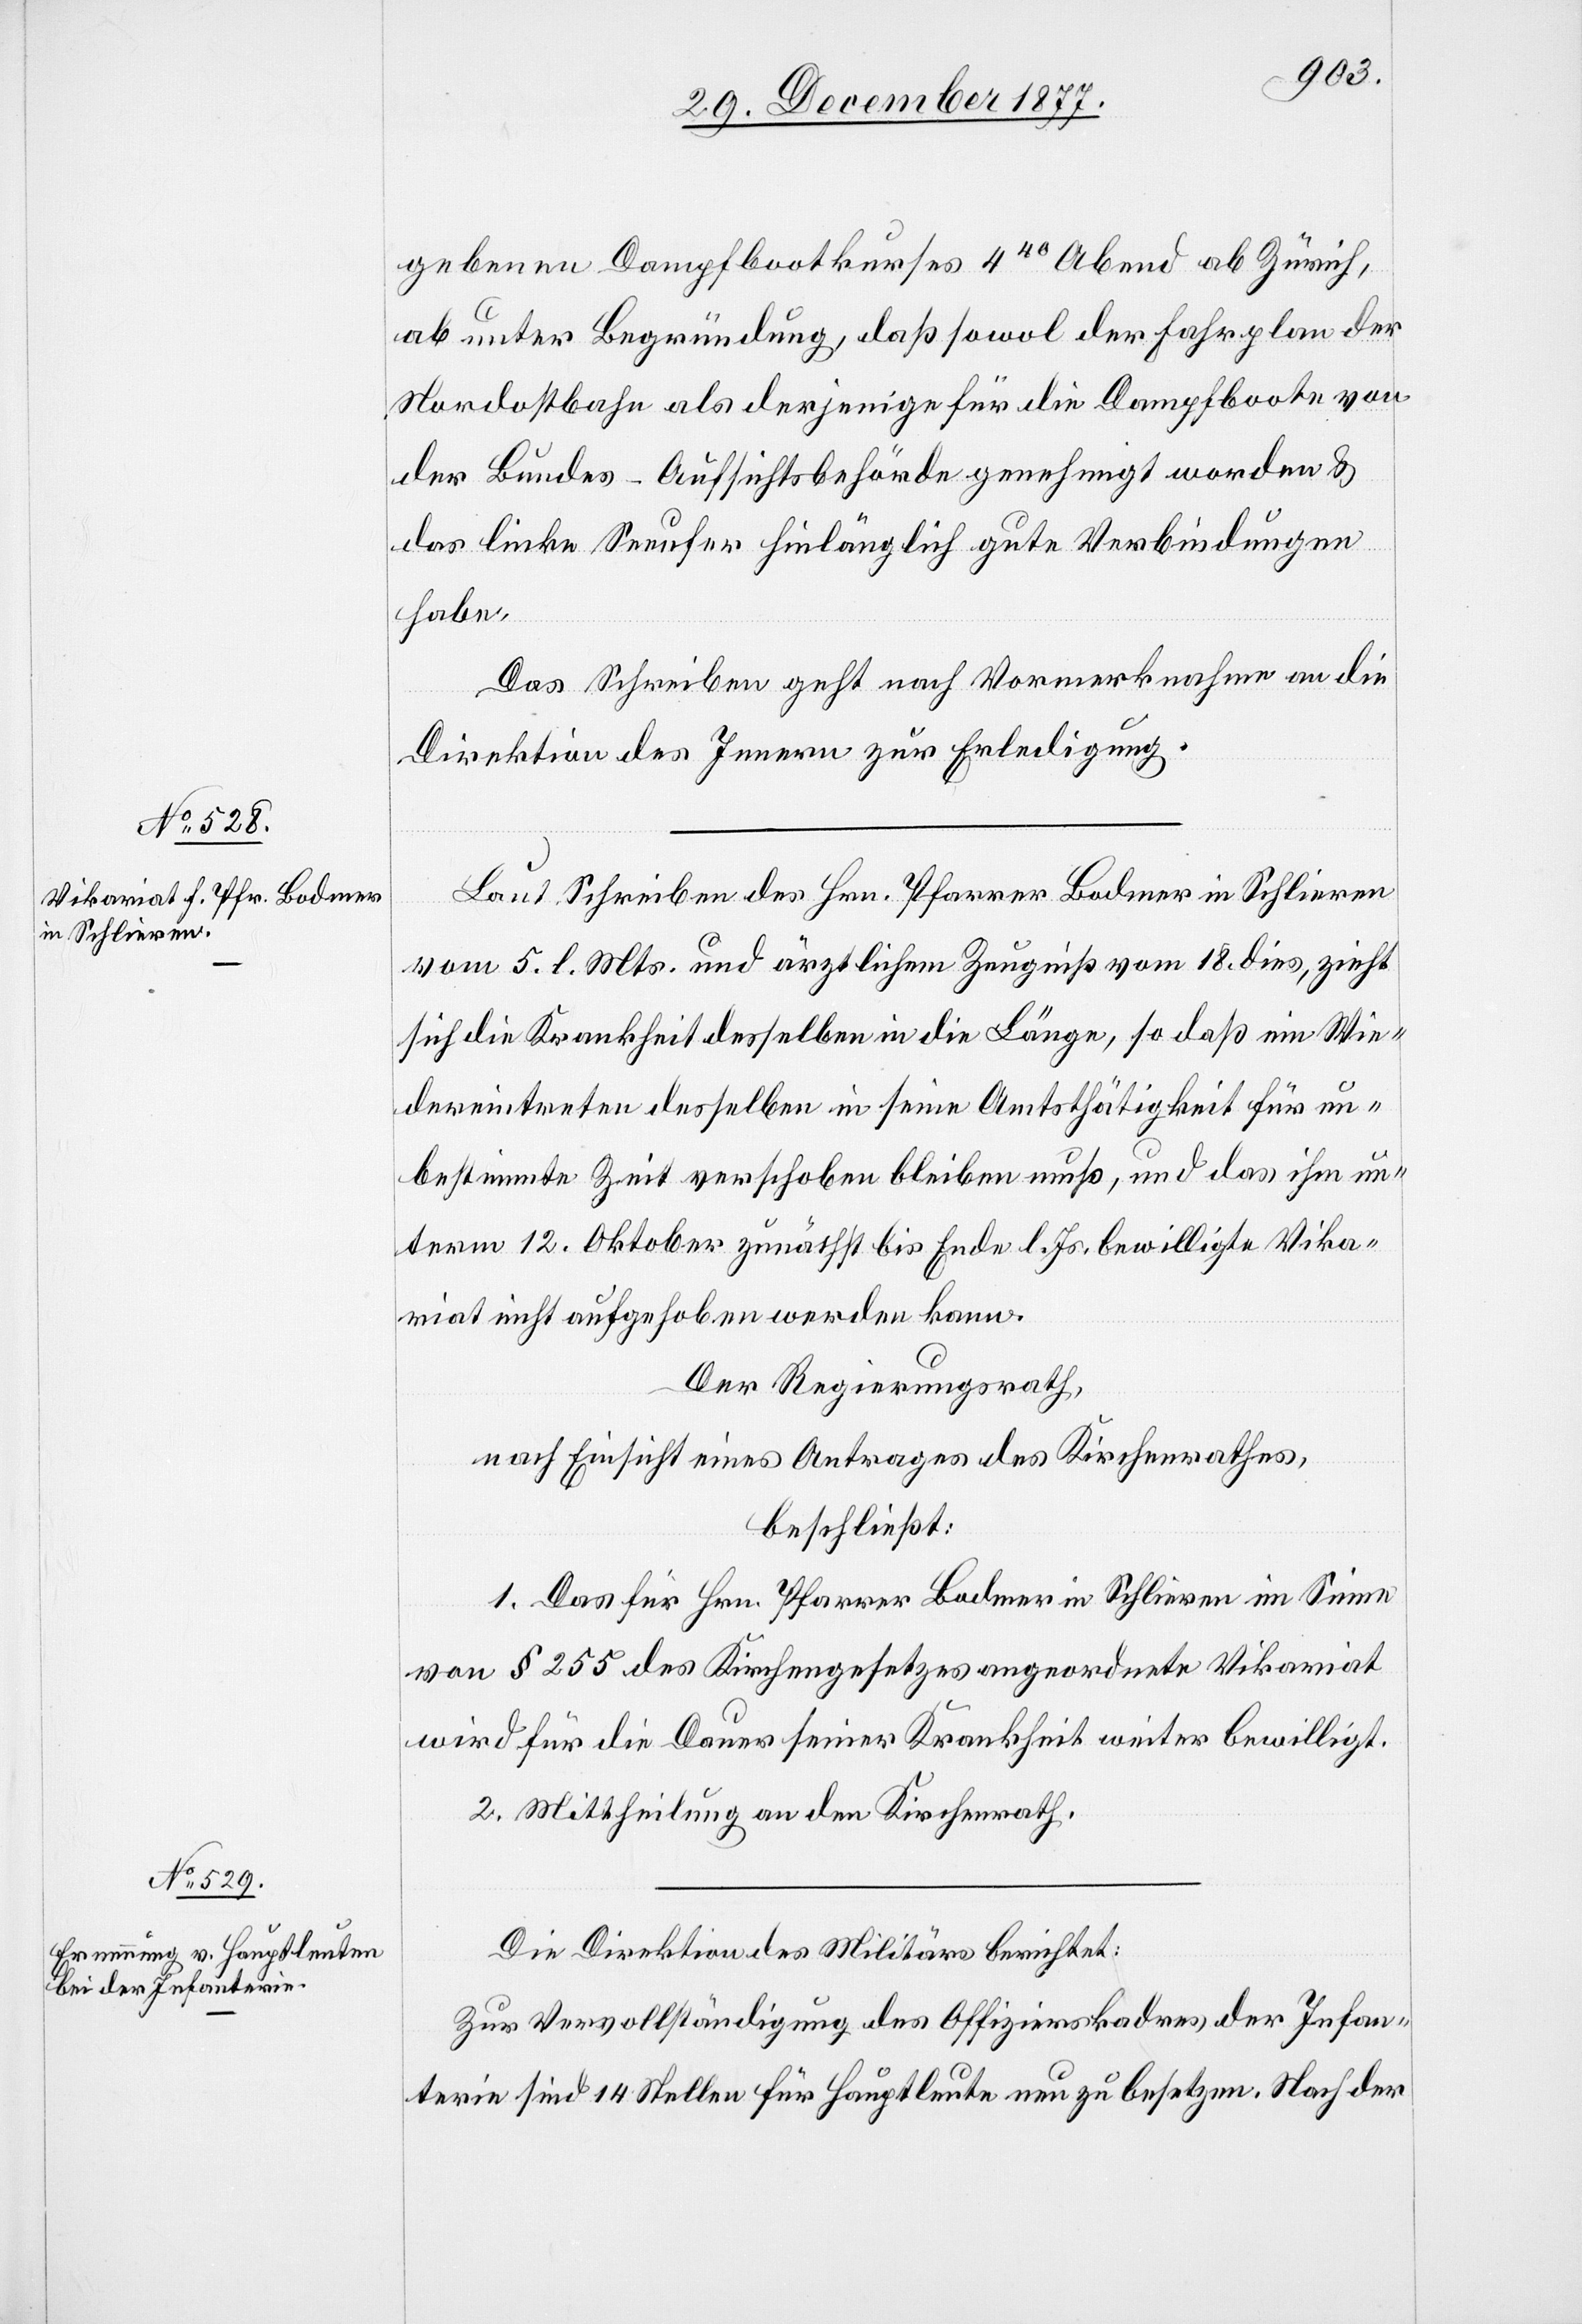
gebenen Dampfbootkurses 440 Abend ab Zürich,
ab unter Begründung, daß sowol der Fahrplan der
Nordostbahn als derjenige für die Dampfboote von
der Bundes-Aufsichtsbehörde genehmigt worden &
das linke Seeufer hinlänglich gute Verbindungen
habe.
Das Schreiben geht nach Vormerknahme an die
Direktion des Innern zur Erledigung.
Laut Schreiben des Hrn. Pfarrer Bodmer in Schlieren
vom 5. l. Mts. und ärztlichem Zeugniß vom 18. dies, zieht
sich die Krankheit desselben in die Länge, so daß ein Wie¬
dereintreten desselben in seine Amtsthätigkeit für un¬
bestimmte Zeit verschoben bleiben muß, und das ihm un¬
term 12. Oktober zunächst bis Ende l. Js. bewilligte Vika¬
riat nicht aufgehoben werden kann.
Der Regierungsrath,
nach Einsicht eines Antrages des Kirchenrathes,
beschließt:
1. Das für Hrn. Pfarrer Bodmer in Schlieren im Sinne
von § 255 des Kirchengesetzes angeordnete Vikariat
wird für die Dauer seiner Krankheit weiter bewilligt.
2. Mittheilung an den Kirchenrath.
Die Direktion des Militärs berichtet:
Zur Vervollständigung des Offizierskadres der Infan¬
terie sind 14 Stellen für Hauptleute neu zu besetzen. Nach der